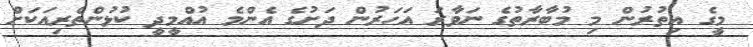
މީގެ އިތުރުން މި މުބާރާތުގެ ނަވާރަ އަހަރުން ދަށުގެ އެންމެ އުއްމީދީ ކުޅުންތެރިއަކަށް